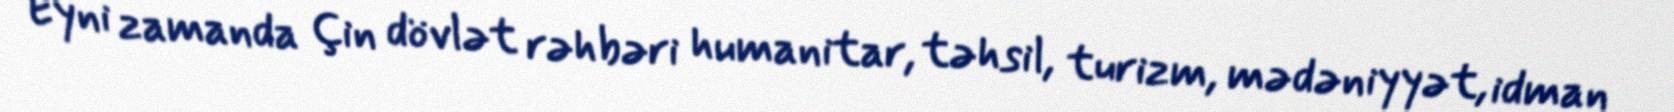
Eyni zamanda Çin dövlət rəhbəri humanitar, təhsil, turizm, mədəniyyət, idman